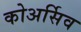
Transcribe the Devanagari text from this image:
कोअर्सिव